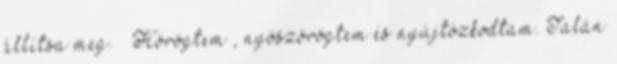
állítsa meg. – Hörögtem , nyöszörögtem és nyújtózkodtam. Talán